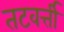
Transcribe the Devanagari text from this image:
तटवर्त्ती